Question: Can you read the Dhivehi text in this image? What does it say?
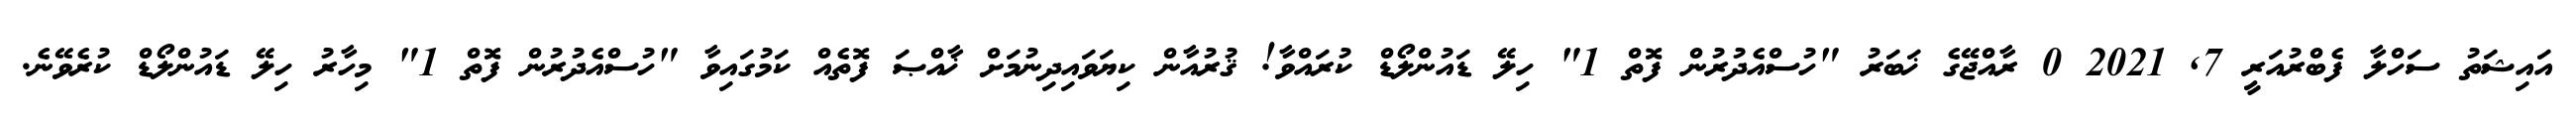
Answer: އައިޝަތު ސަހްލާ ފެބްރުއަރީ 7, 2021 0 ރާއްޖޭގެ ޚަބަރު "ހުސްއެދުރުން ފޮތް 1" ހިލޭ ޑައުންލޯޑް ކުރައްވާ! ޤުރުއާން ކިޔަވައިދިނުމަށް ޚާއްޞަ ފޮތެއް ކަމުގައިވާ "ހުސްއެދުރުން ފޮތް 1" މިހާރު ހިލޭ ޑައުންލޯޑް ކުރެވޭނެ.